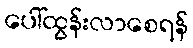
ပေါ်ထွန်းလာစေရန်